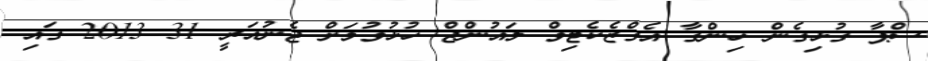
ސްޕާ ގުޅިގެން ހިންގާ އެގްޒެކެޓިވް ލައުންޖް ހުޅުވުމަށް ޖެނުއަރީ 31 2013 ގައި